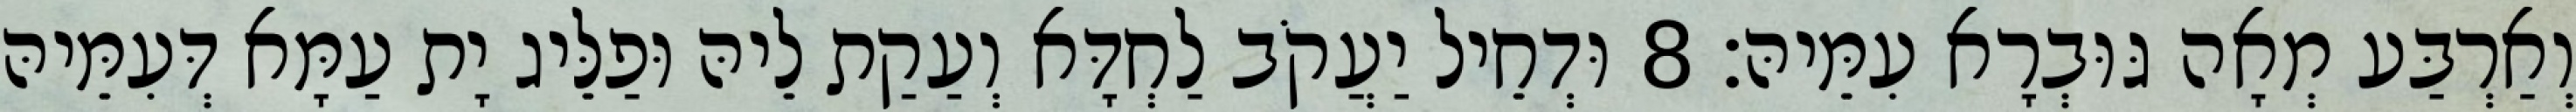
וְאַרְבַּע מְאָה גּוּבְרָא עִמֵּיהּ׃ 8 וּדְחֵיל יַעֲקֹב לַחְדָּא וְעַקַת לֵיהּ וּפַלֵּיג יָת עַמָּא דְּעִמֵּיהּ